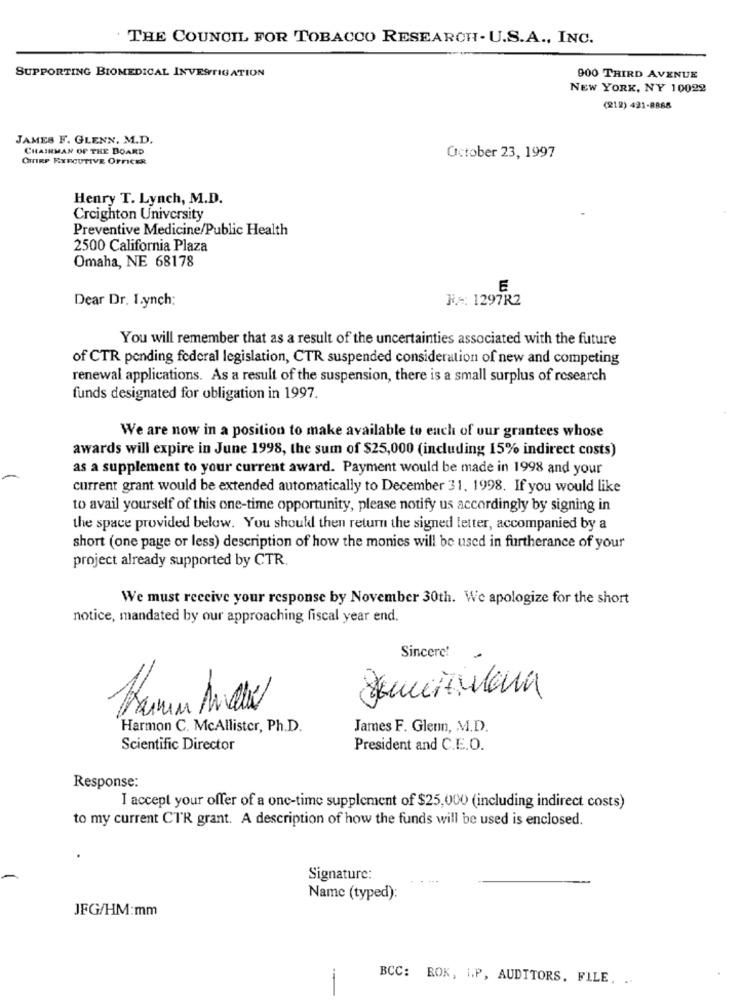
THE COUNCIL FOR TOBACCO RESEARCH- U.S.A ., INC.
SUPPORTING BIOMEDICAL INVESTIGATION
900 THIRD AVENUE
NEW YORK, NY 10022
(212) 421-8868
JAMES F. GLENN. M.D.
CHAIRMAN OF THE BOARD
CHIEF EXECUTIVE OFFICER
October 23, 1997
Henry T. Lynch, M.D.
Creighton University
Preventive Medicine/Public Health
2500 California Plaza
Omaha, NE 68178
E
Dear Dr. I.ynch:
NA: 1297R2
You will remember that as a result of the uncertainties associated with the future
of CTR pending federal legislation, CTR suspended consideration of new and competing
renewal applications. As a result of the suspension, there is a small surplus of research
funds designated for obligation in 1997.
We are now in a position to make available to euch of our grantees whose
awards will expire in June 1998, the sum of $25,000 (including 15% indirect costs)
as a supplement to your current award. Payment would be made in 1998 and your
current grant would be extended automatically to December 31, 1998. If you would like
to avail yourself of this one-time opportunity, please notify us accordingly by signing in
the space provided below. You should then return the signed letter, accompanied by a
short (one page or less) description of how the monies will be used in furtherance of your
project already supported by CTR.
We must receive your response by November 30th. We apologize for the short
notice, mandated by our approaching fiscal year end.
Sincere!
Harmon C. McAllister, Ph.D.
James F. Glenn, M.D.
Scientific Director
President and C.E.O.
Response:
I accept your offer of a one-time supplement of $25,000 (including indirect costs)
to my current CTR grant. A description of how the funds will be used is enclosed.
Signature:
Name (typed):
JFG/HM:mm
BCC: ROK, i.P, AUDITORS, FILE. ..